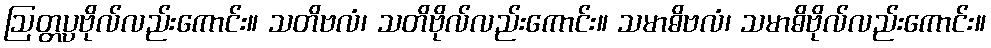
ဩတ္တပ္ပဗိုလ်လည်းကောင်း။ သတိဗလံ၊ သတိဗိုလ်လည်းကောင်း။ သမာဓိဗလံ၊ သမာဓိဗိုလ်လည်းကောင်း။